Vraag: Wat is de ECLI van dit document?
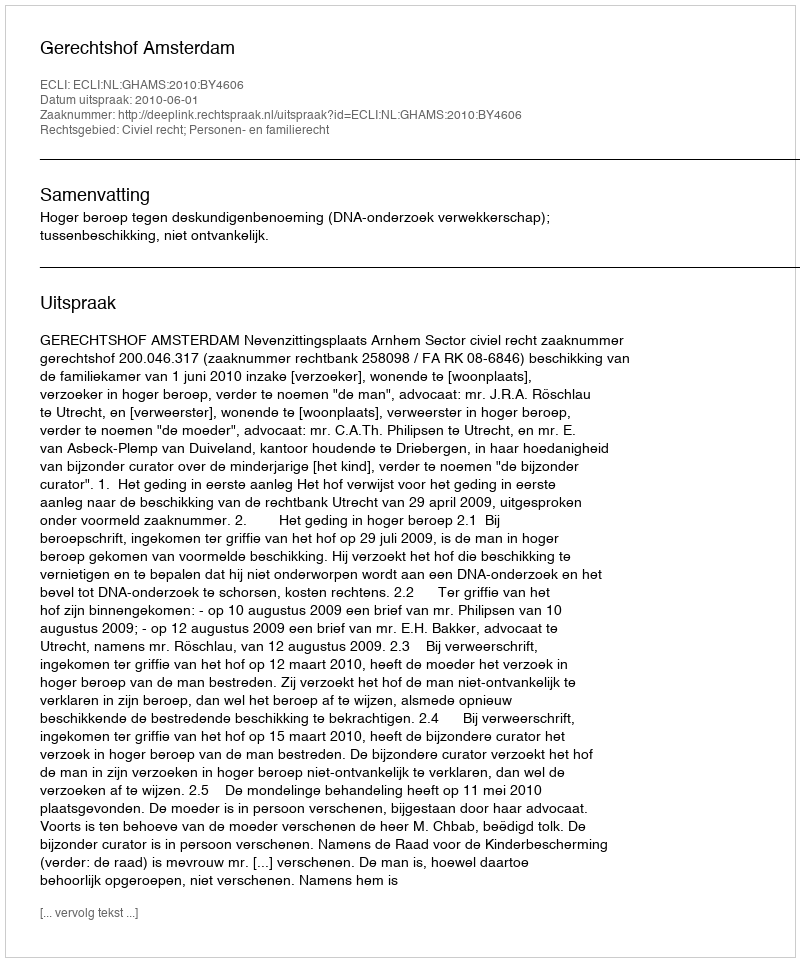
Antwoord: ECLI:NL:GHAMS:2010:BY4606